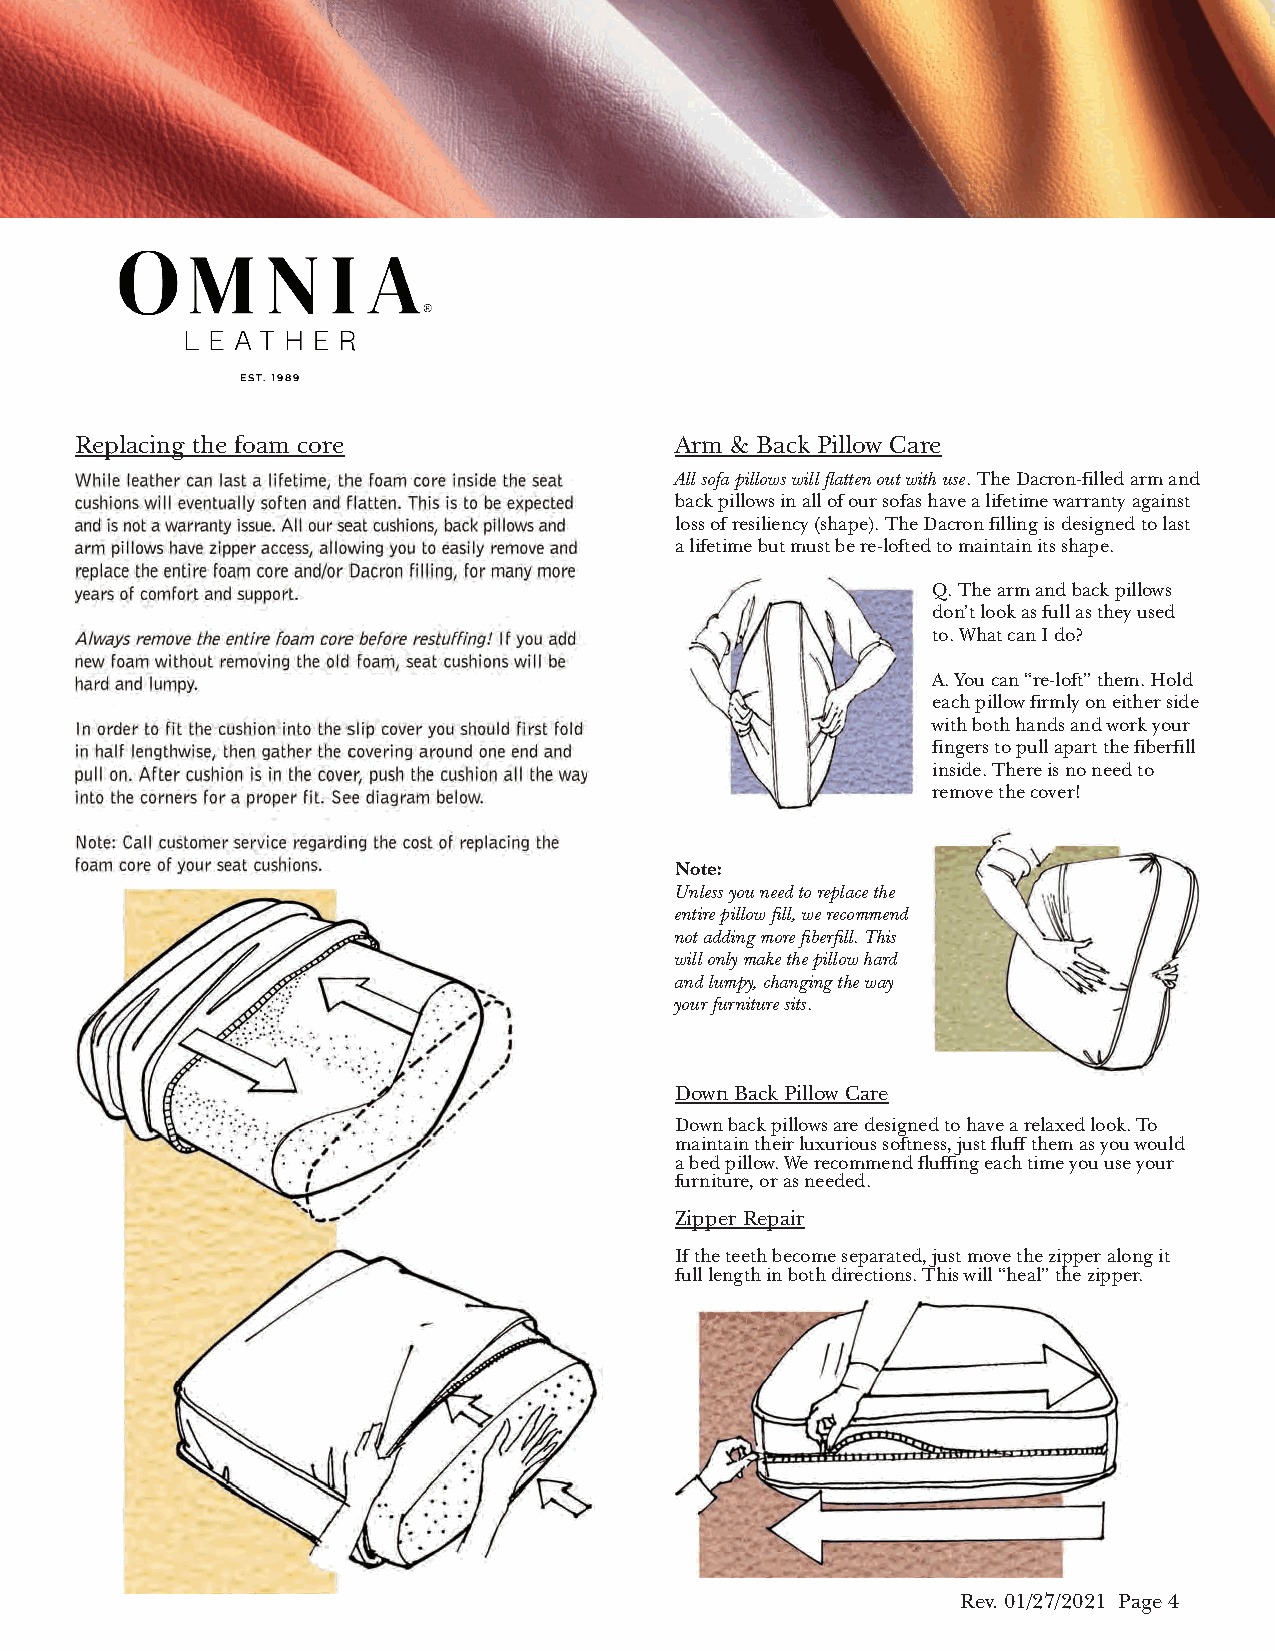
OMNik
 Personalizing  Comfort
 Replacing the foam core                 Arm & Back Pillow Care
 While leather can last a lifetime, the foam core inside the seat All sofa pillows will flatten out with use. The Dacron-filled arm and
 cushions wi 11 eventually soften and flatten. This is to be expected back pillows in all of our sofas have a lifetime warranty against
 and is not a warranty issue. All our seat cushions, back pillows and loss of resiliency (shape). The Dacron filling is designed to last
 arm pillows have zipper access, allowing you to easily remove and a lifetime but must be re-lofted to maintain its shape.
 replace the entire foam core and/or Dacron filling, for many more
 years of comfort and support.                            Q.The arm and back pillows
 don’t look as full as they used
 Always remove the entire foam core before restuffing! If you add to. What can I do?
 new foam without removing the old foam, seat cushions will be
 hard and lumpy.                                          A.You can “re-loft” them. Hold
 each pillow firmly on either side
 In order to fit the cushion into the slip cover you should first fold with both hands and work your
 in half lengthwise, then gather the covering around one end and fingers to pull apart the fiberfill
 pull on. After cushion is in the cover, push the cushion all the way inside. There is no need to
 into the corners for a proper fit. See diagram below.    remove the cover!
 Note: Call customer service regarding the cost of replacing the
 foam core of your seat cushions.        Note:
 Unless you need to replace the
 entire pillow fill, we recommend
 not adding more fiberfill. This
 will only make the pillow hard
 and lumpy, changing the way
 your furniture sits.
 Down Back Pillow Care
 Down back pillows are designed to have a relaxed look. To
 maintain their luxurious softness, just fluff them as you would
 a bed pillow. We recommend fluffing each time you use your
 furniture, or as needed.
 Zipper Repair
 If the teeth become separated, just move the zipper along it
 full length in both directions. This will “heal” the zipper.
 Rev. 01/27/2021 Page 4